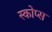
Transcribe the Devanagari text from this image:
स्कोप्स